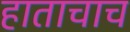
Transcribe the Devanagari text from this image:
हाताचाच